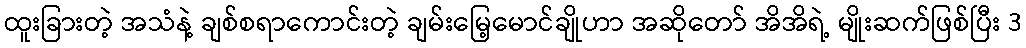
ထူးခြားတဲ့ အသံနဲ့ ချစ်စရာကောင်းတဲ့ ချမ်းမြေ့မောင်ချိုဟာ အဆိုတော် အိအိရဲ့ မျိုးဆက်ဖြစ်ပြီး 3